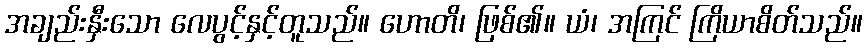
အချည်းနှီးသော လေပွင့်နှင့်တူသည်။ ဟောတိ၊ ဖြစ်၏။ ယံ၊ အကြင် ကြိယာစိတ်သည်။